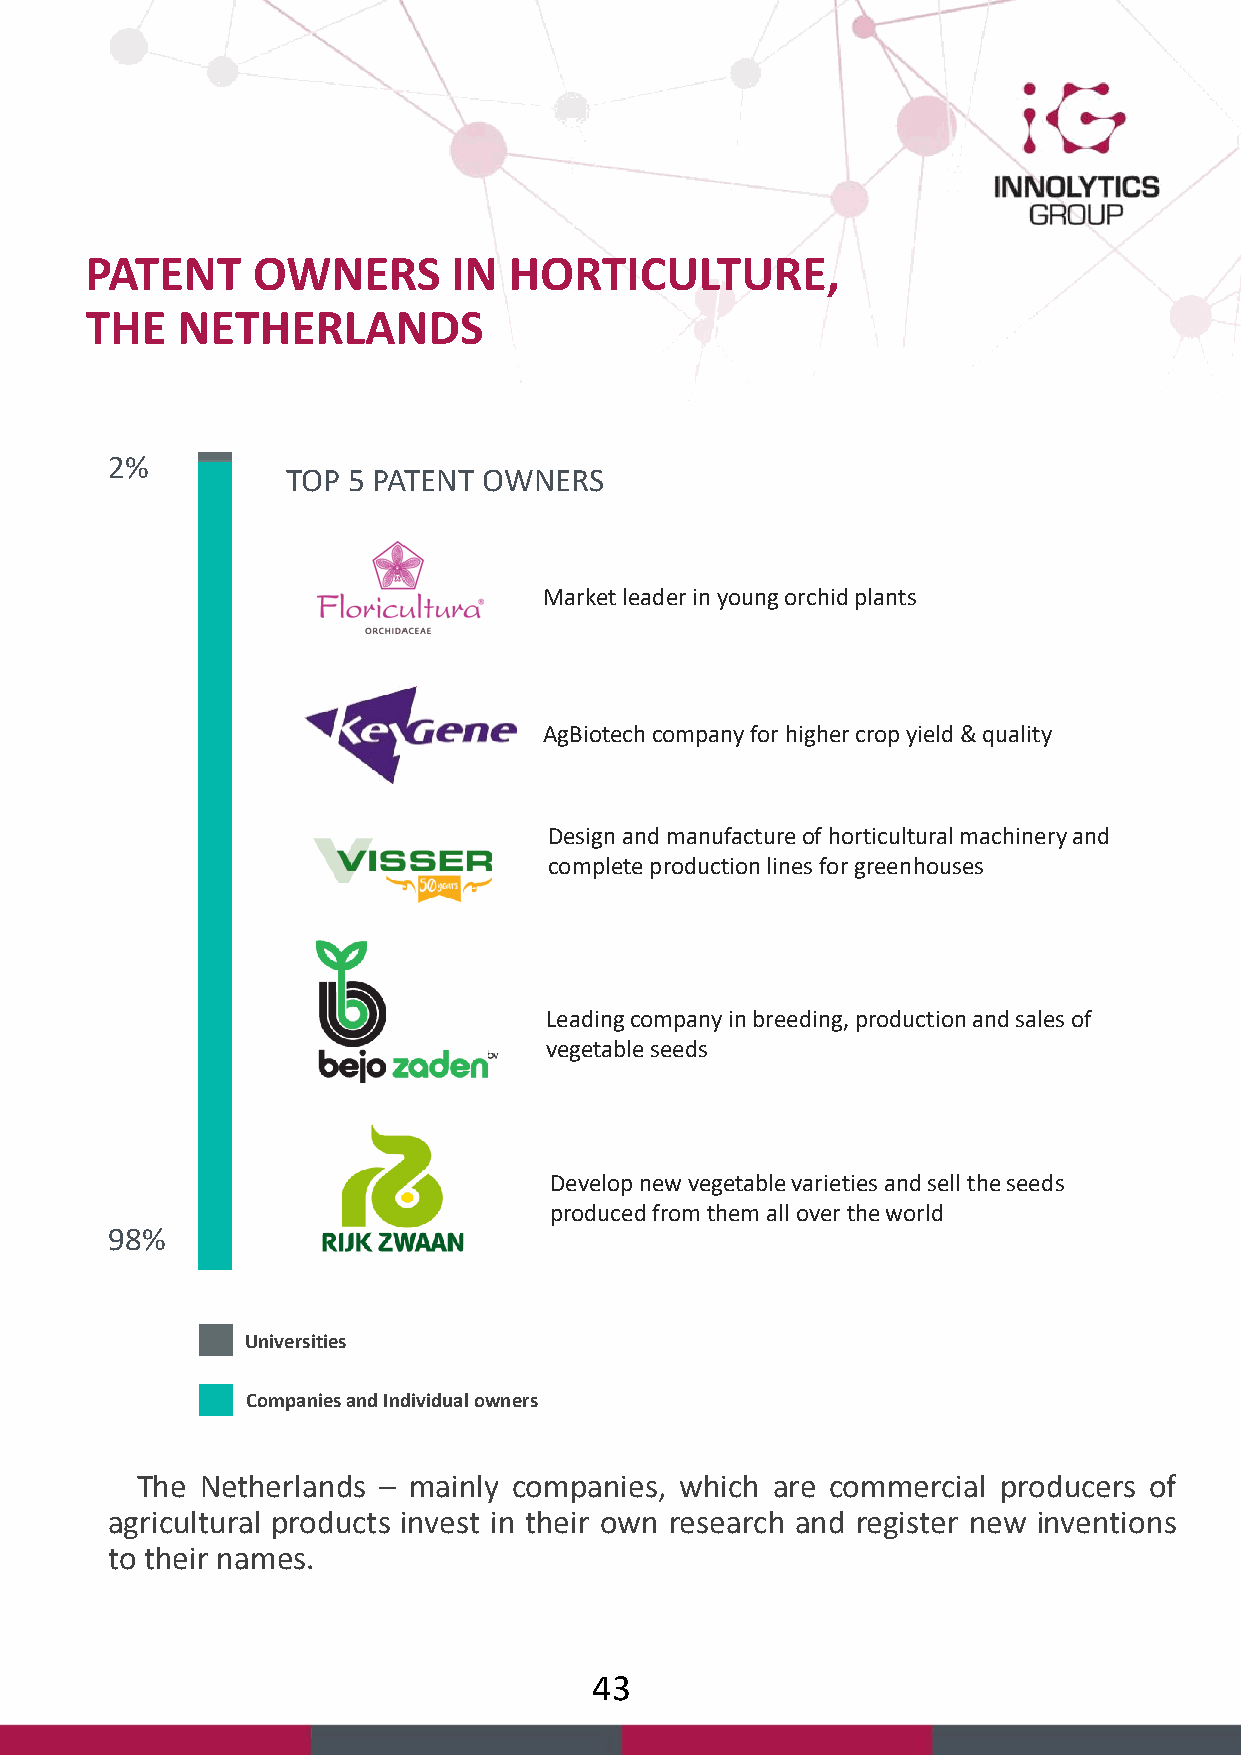
PATENT     OWNERS       IN  HORTICULTURE,
 THE   NETHERLANDS
 2%
 TOP 5 PATENT OWNERS
 Market leader in young orchid plants
 AgBiotechcompany for higher crop yield & quality
 Design and manufactureof horticultural machinery and
 complete production lines forgreenhouses
 Leading company in breeding, production and sales of
 vegetable seeds
 Develop new vegetable varieties and sell the seeds
 produced from them all over the world
 98%
 Universities
 Companies and Individual owners
 The Netherlands – mainly companies, which are commercial producers of
 agricultural products invest in their own research and register new inventions
 to their names.
 43